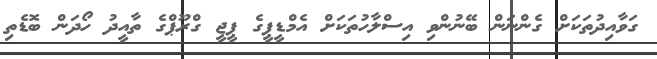
ގަވާއިދުތަކަށް ގެންނަން ބޭނުންވި އިސްލާހުތަކަށް އެމްޑީޕީގެ ޕީޖީ ގްރޫޕްގެ ތާއީދު ހޯދަން ބޮޑެތި